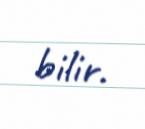
bilir.